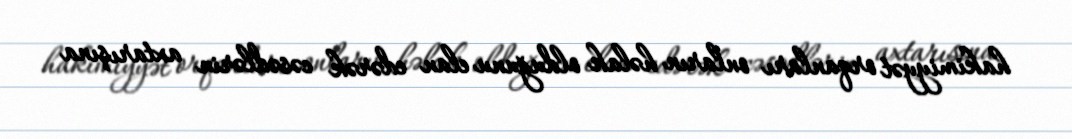
hakimiyyət orqanları onların həlak olduğunu elan edərək cəsədlərin axtarışına